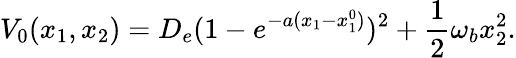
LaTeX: V_{0}(x_{1},x_{2})=D_{e}(1-e^{-a(x_{1}-x_{1}^{0})})^{2}+\frac{1}{2}\omega_{b}x_{2}^{2}.